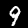
Label: 9